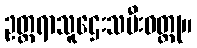
ဥတ္တရာသူဌေးသမီးဝတ္ထု။